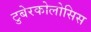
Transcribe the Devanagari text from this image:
टुबेरकोलोसिस